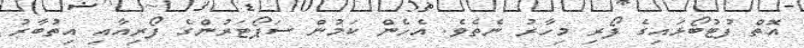
އޮތް ފުޓުބޯޅައިގެ ފޯރި މިހާރު ނެތެވެ. އެހެން ކަމުން ސަޕޯޓަރުންގެ ފޯރިއާއި އިތުބާރު